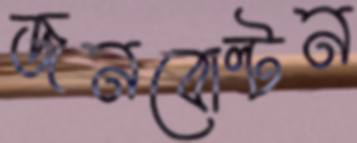
জনবোল্টন